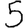
Digit: 5